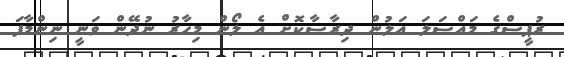
ރުޕީސްގެ މައްސަލަ އަލުން ދިރާސާކޮށް އެ ލޯން މިހާރު ނުދޭން ވަނީ ނިންމާފަ